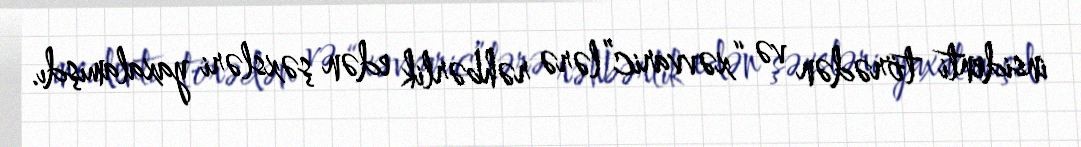
insidenti törədən və “xəvvaric”lərə rəhbərlik edən şəxsləri yaxalamışdı.